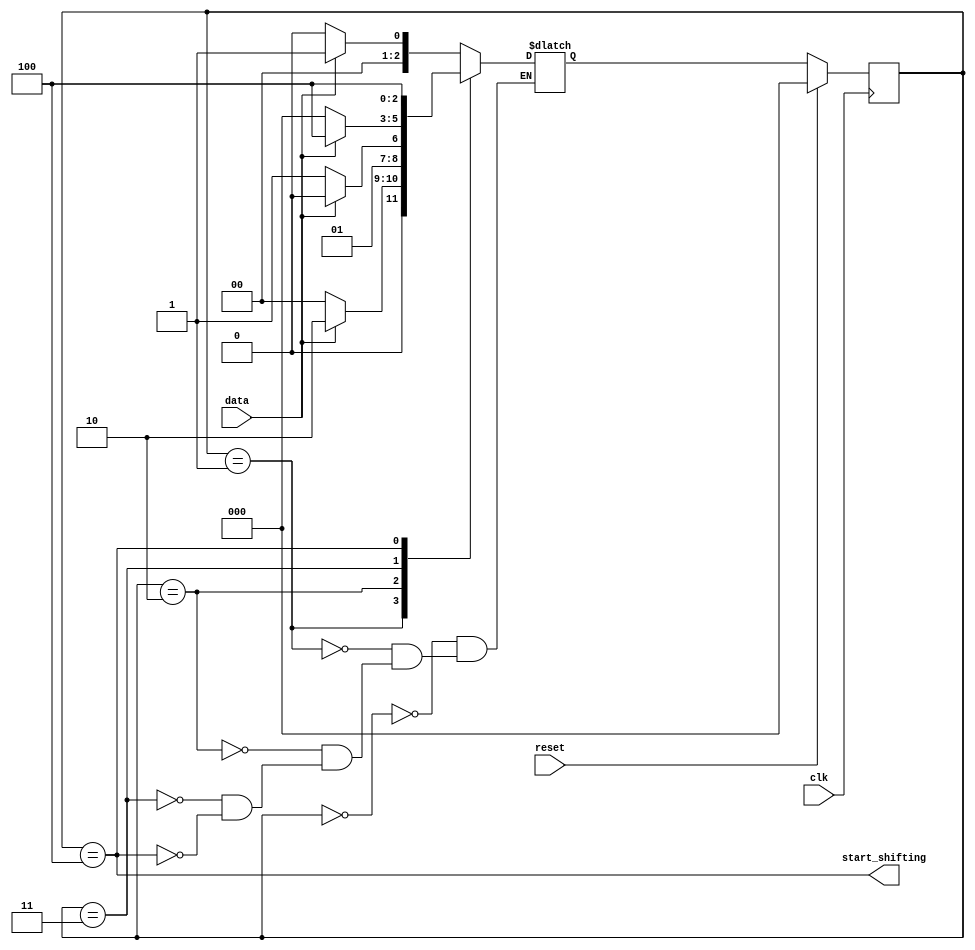
module top_module (
    input clk,
    input reset,      // Synchronous reset
    input data,
    output start_shifting);

    parameter stateR = 3'h0, state1 = 3'h1, state11 = 3'h2, state110 = 3'h3, state1101 = 3'h4;
    reg [2:0] currSt, nextSt;

    always @(posedge clk) begin
        if(reset)
            currSt<=stateR;
        else
            currSt<=nextSt;
    end

    always @(*) begin
        case(currSt)
            stateR:nextSt=data?state1:stateR;
            state1:nextSt=data?state11:stateR;
            state11:nextSt=data?state11:state110;
            state110:nextSt=data?state1101:stateR;
            state1101:nextSt=state1101;
        endcase
    end

    assign start_shifting=currSt==state1101;

endmodule